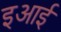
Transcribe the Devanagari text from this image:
इआई